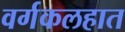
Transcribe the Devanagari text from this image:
वर्गकलहात